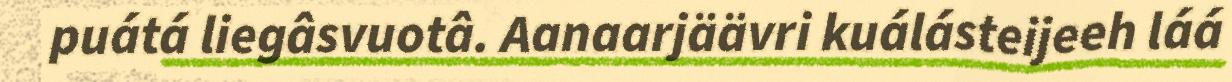
puátá liegâsvuotâ. Aanaarjäävri kuálásteijeeh láá